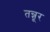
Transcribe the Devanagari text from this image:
तन्नूर